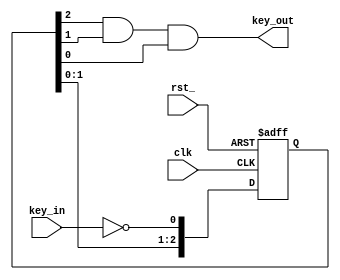
/**
    
    20/3ms
    
*/

module key_handler
(
    input   wire    key_in,
    output  wire    key_out,
    input   wire    clk, rst_
);

reg     [2:0]   sta;

and uAnd(key_out, sta[2], sta[1], sta[0]);  // 1

always @ (posedge clk or negedge rst_) begin
    // 
    if (~rst_) begin
        sta[2:0] <= 3'b000;
    end
    // 
    else begin
        sta[2:1] <= sta[1:0];
        sta[0]   <= ~key_in;    //
    end
end

endmodule